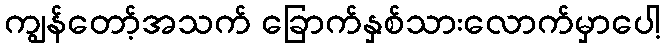
ကျွန်တော့်အသက် ခြောက်နှစ်သားလောက်မှာပေါ့